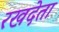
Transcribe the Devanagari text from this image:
रखदेता